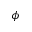
\phi